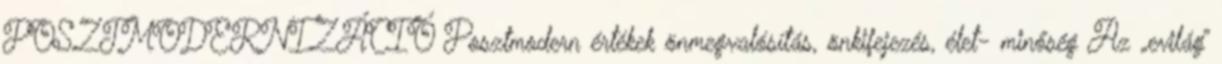
POSZTMODERNIZÁCIÓ Posztmodern értékek önmegvalósítás, önkifejezés, élet- minőség Az „evilág”